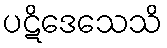
ပဋိဒေသေသိ